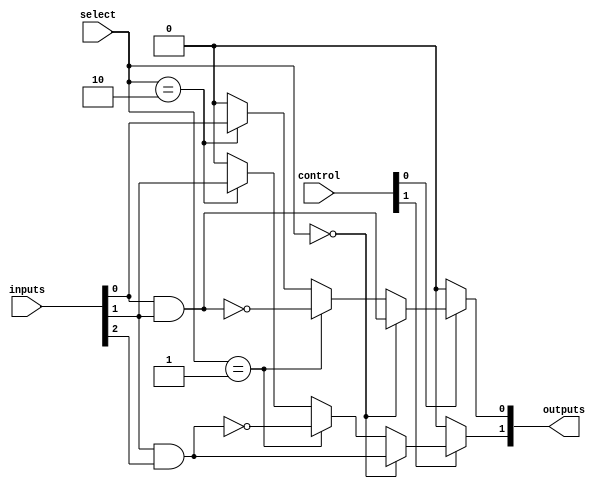
module CLB #(parameter N_INPUTS = 4, parameter N_OUTPUTS = 2)(
    input [N_INPUTS-1:0] inputs,      // Input lines
    input [1:0] select,                // Select lines for multiplexers
    input [N_OUTPUTS-1:0] control,     // Control lines for output configuration
    output [N_OUTPUTS-1:0] outputs     // Output lines
);

// Internal signals
wire [N_INPUTS-1:0] logic_out;       // Output from logic gates
wire [N_OUTPUTS-1:0] mux_out;         // Mux output

// Logic Gates (example: AND, OR, NOT)
generate
    genvar i;
    for (i = 0; i < N_INPUTS; i = i + 1) begin: logic_gates
        // Example logic: AND gate (for simplicity, chaining inputs)
        assign logic_out[i] = inputs[i] & (i < N_INPUTS-1 ? inputs[i+1] : 1'b1); // AND with next input, if available
    end
endgenerate

// Multiplexers
generate
    for (i = 0; i < N_OUTPUTS; i = i + 1) begin: mux
        assign mux_out[i] = (select == 2'b00) ? logic_out[i] :   // Select output directly from logic gates
                            (select == 2'b01) ? ~logic_out[i] : // Complement output
                            (select == 2'b10) ? inputs[i] :    // Pass-through from inputs
                            1'b0;                              // Default to zero
    end
endgenerate

// Output Control Logic
generate
    for (i = 0; i < N_OUTPUTS; i = i + 1) begin: output_control
        assign outputs[i] = control[i] ? mux_out[i] : 1'b0; // Control signal to enable/disable output
    end
endgenerate

endmodule